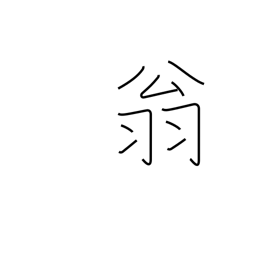
Meaning: venerable old man